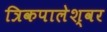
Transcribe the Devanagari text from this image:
त्रिकपालेश्वर